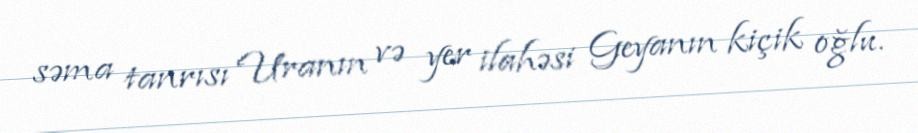
səma tanrısı Uranın və yer ilahəsi Geyanın kiçik oğlu.